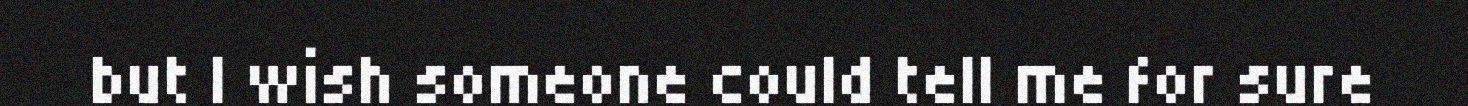
but I wish someone could tell me for sure